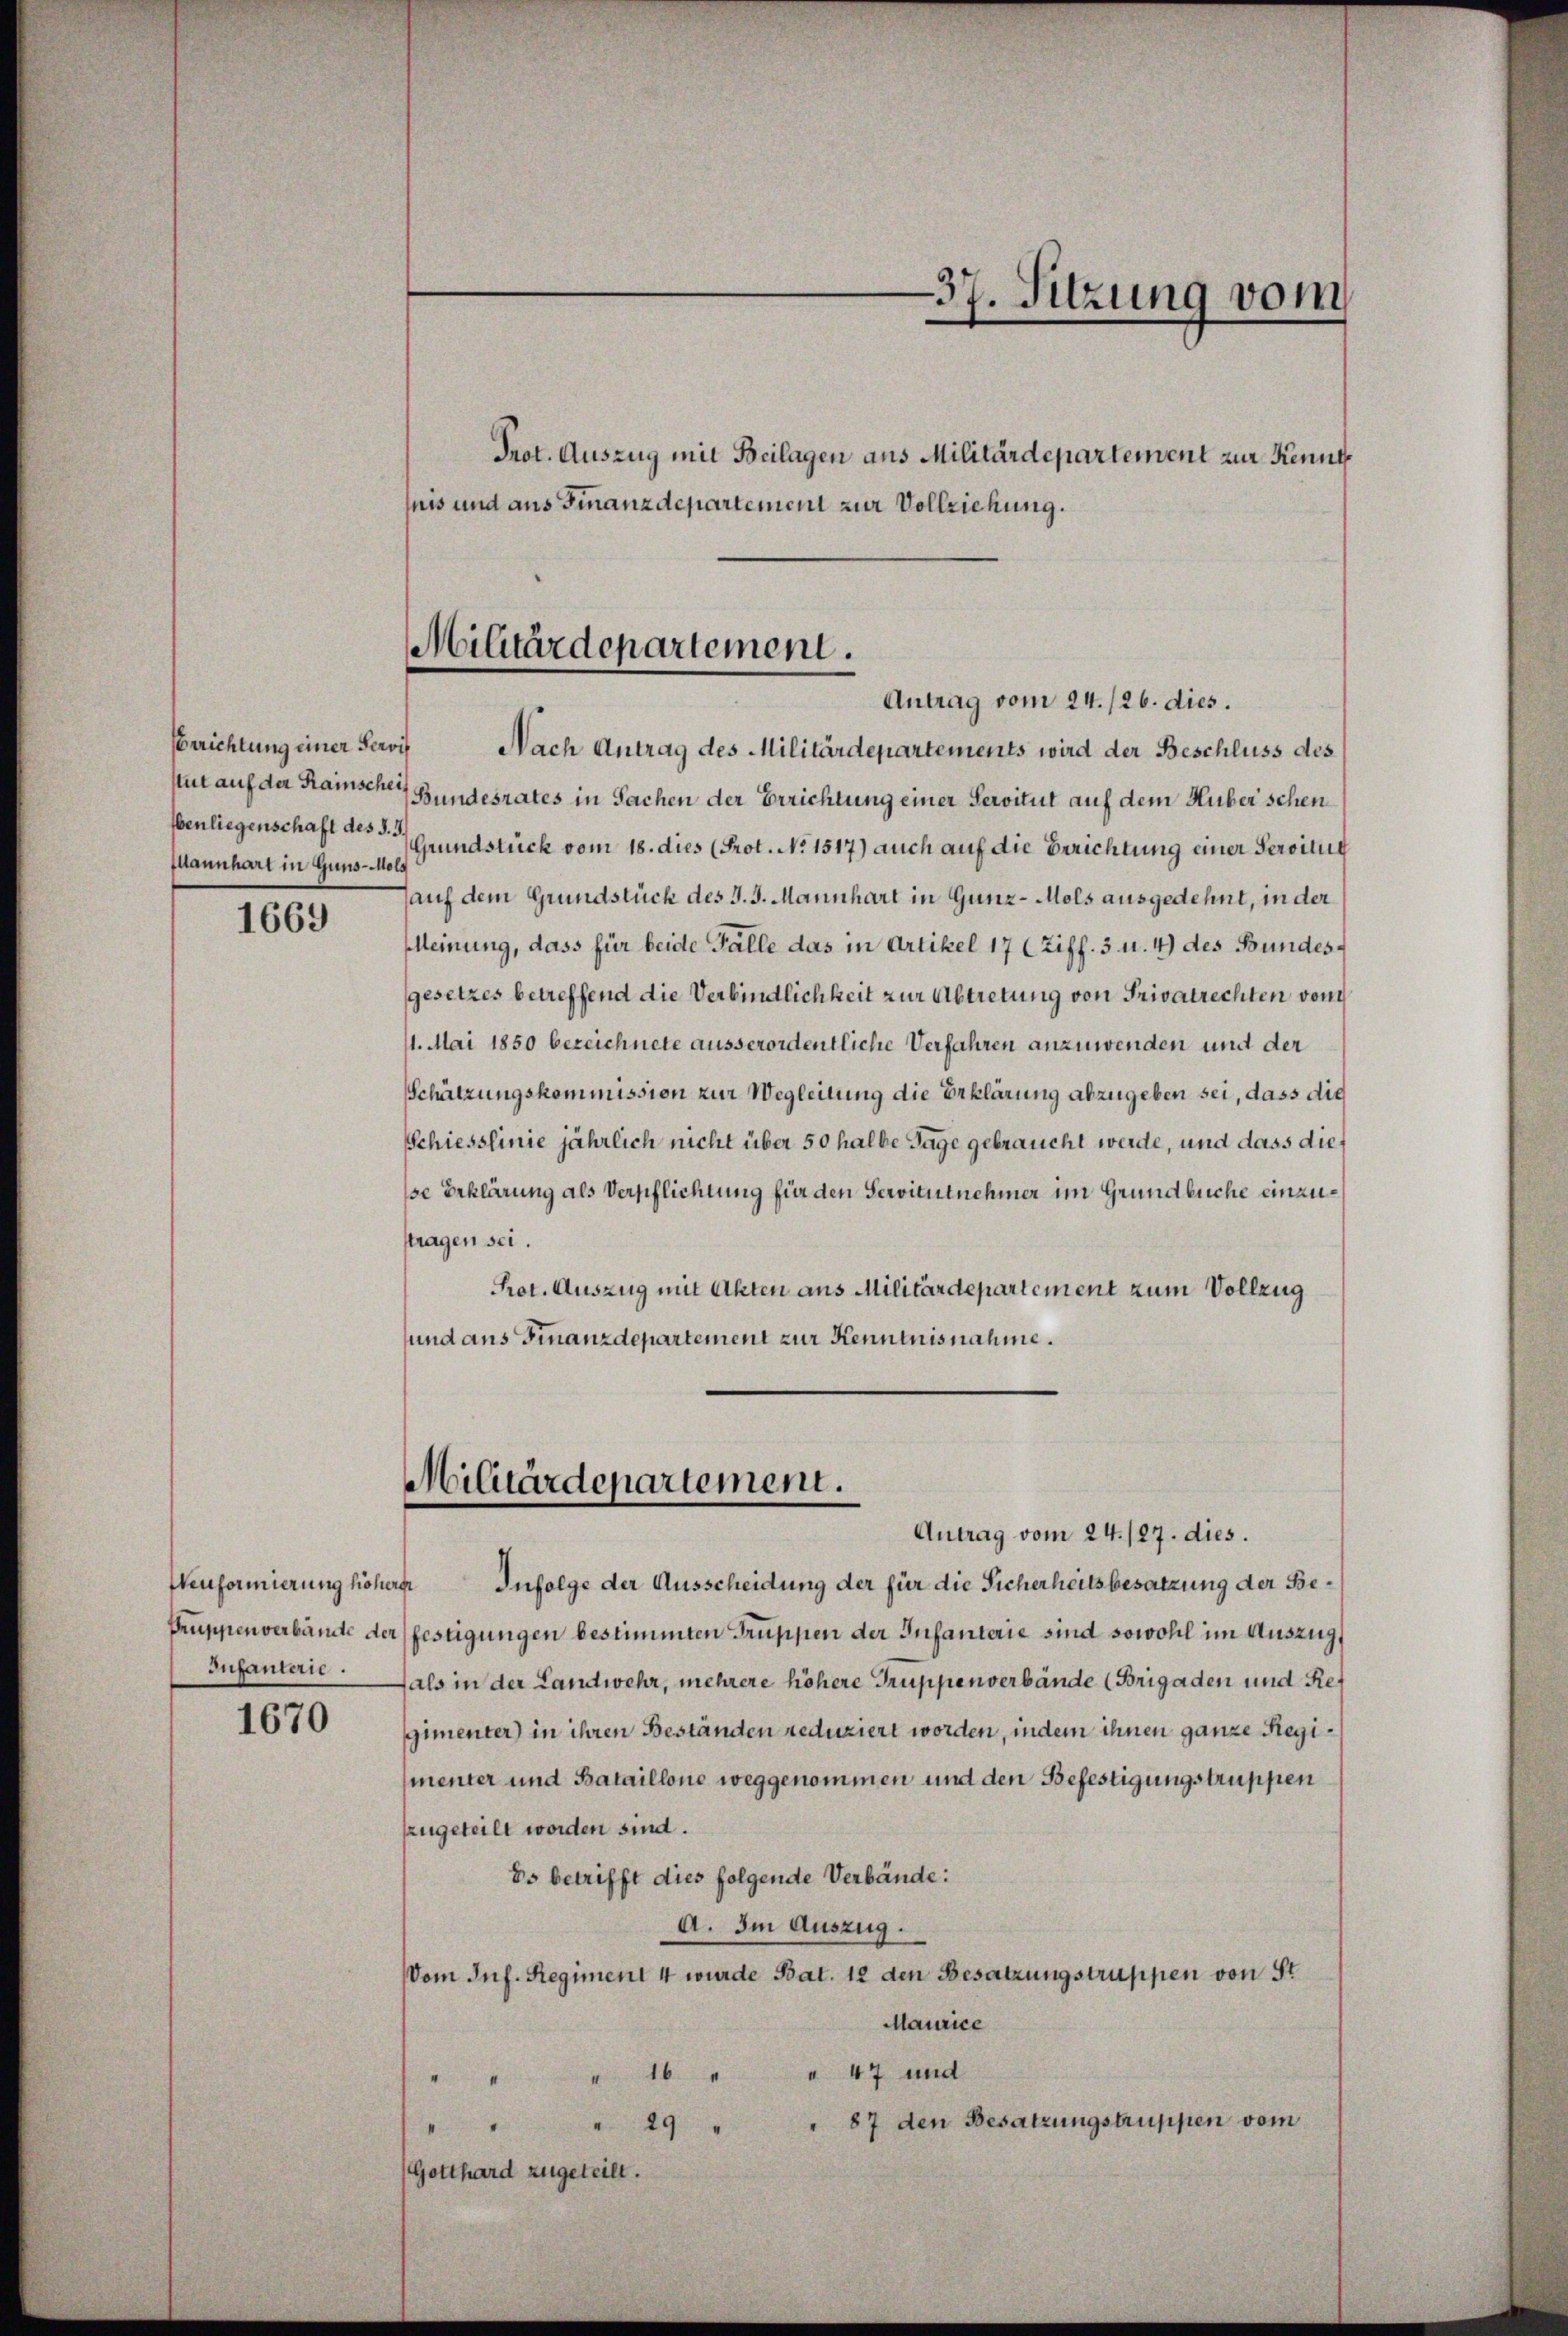
Berichtung einer Servit
Mannhart in Guns-Hols

1669

Wenformierung höher
Infanterie.

1670

Prot. Auszug mit Beilagen aus Militärdepartement zur Kennt
nis und aus Finanzdepartement zur Vollziehung.

Militärdepartement.

Antrag vom 24. /26. dies.
Nach Antrag des Militärdepartements wird der Beschluss des
tut auf der Rainschen Bundesrates in Sachen der Errichtung einer Servitut auf dem Huber schen
benliegenschaft des Grundstück vom 18. dies (Prot. No. 1517) auch auf die Berichtung einer Servitut
auf dem Grundstück des J. J. Mannhart in Gunz-Mols ausgedehnt, in der
Meinung, dass für beide Fälle das in Artikel 17 (Ziff. 3 u. 4) des Bundesgesetzes betreffend die Verbindlichkeit zur Abtretung von Privatrechten von
11. Mai 1850 bezeichnete ausserordentliche Verfahren anzuwenden und der
Schätzungskommission zur Wegleitung die Erklärung abzugeben sei, dass die
Schiesslinie jährlich nicht über 50 halbe Tage gebraucht werde, und dass dief
se Erklärung als Verpflichtung für den Servitutnehmer im Grundbuche einzustragen sei.
Prot. Auszug mit Akten aus Militärdepartement zum Vollzug
sund aus Finanzdepartement zur Kenntnisnahme.

37. Sitzung vom

re Infolge der Ausscheidung der für die Sicherheitsbesatzung der Be¬
Pruppenverbärmte der festigungen bestimmten Truppen der Infanterie sind sowohl im Auszug
fals in der Landwehr, mehrere höhere Gruppenverbände (Brigaden und Ref
gimenter) in ihren Beständen reduziert worden, indem ihnen ganze Regimenter und Bataillone weggenommen und den Befestigungstruppen
zzugeteilt worden sind.
Es betrifft dies folgende Verbände:
A. Im Auszug.
Vom Inf. Regiment 4 wurde Bat. 12 den Besatzungstruppen von St
Maurice
" " 16 " " 47 und
87 den Besatzungstruppen vom
" 29
Gotthard zugeteilt.

Militärdepartement.
Antrag vom 24. 127. dies.